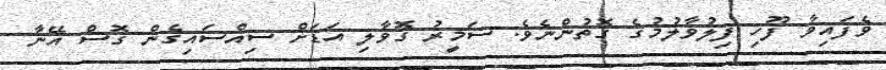
ވެފައިވާ ފޫހި ފިލުވާލުމުގެ ގޮތުންނެވެ. ސަމީރު ގޮވާލި އަޑަށް ސިއްސައިގެން ގޮސް އޭނާ